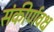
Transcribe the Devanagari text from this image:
संकीर्णवक्ष